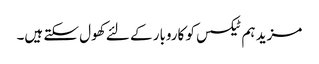
مزید ہم ٹیکسس کو کاروبار کے لئے کھول سکتے ہیں۔